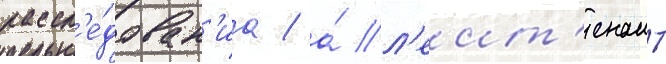
рассл'е́дован'иа / а́ л'еит'енант